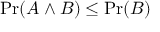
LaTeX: \operatorname* { P r } ( A \land B ) \leq \operatorname* { P r } ( B )